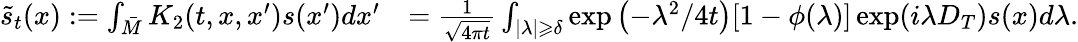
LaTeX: \begin{array}{rl}{\tilde{s}_{t}(x):=\int_{\bar{M}}K_{2}(t,x,x^{\prime})s(x^{\prime})dx^{\prime}}&{=\frac{1}{\sqrt{4\pi t}}\int_{|\lambda|\geqslant\delta}\exp\left(-\lambda^{2}/4t\right)[1-\phi(\lambda)]\exp(i\lambda D_{T})s(x)d\lambda.}\end{array}